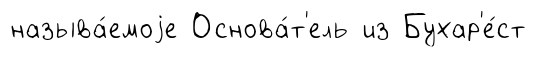
называ́емоjе Основа́т'ель из Бухар'е́ст